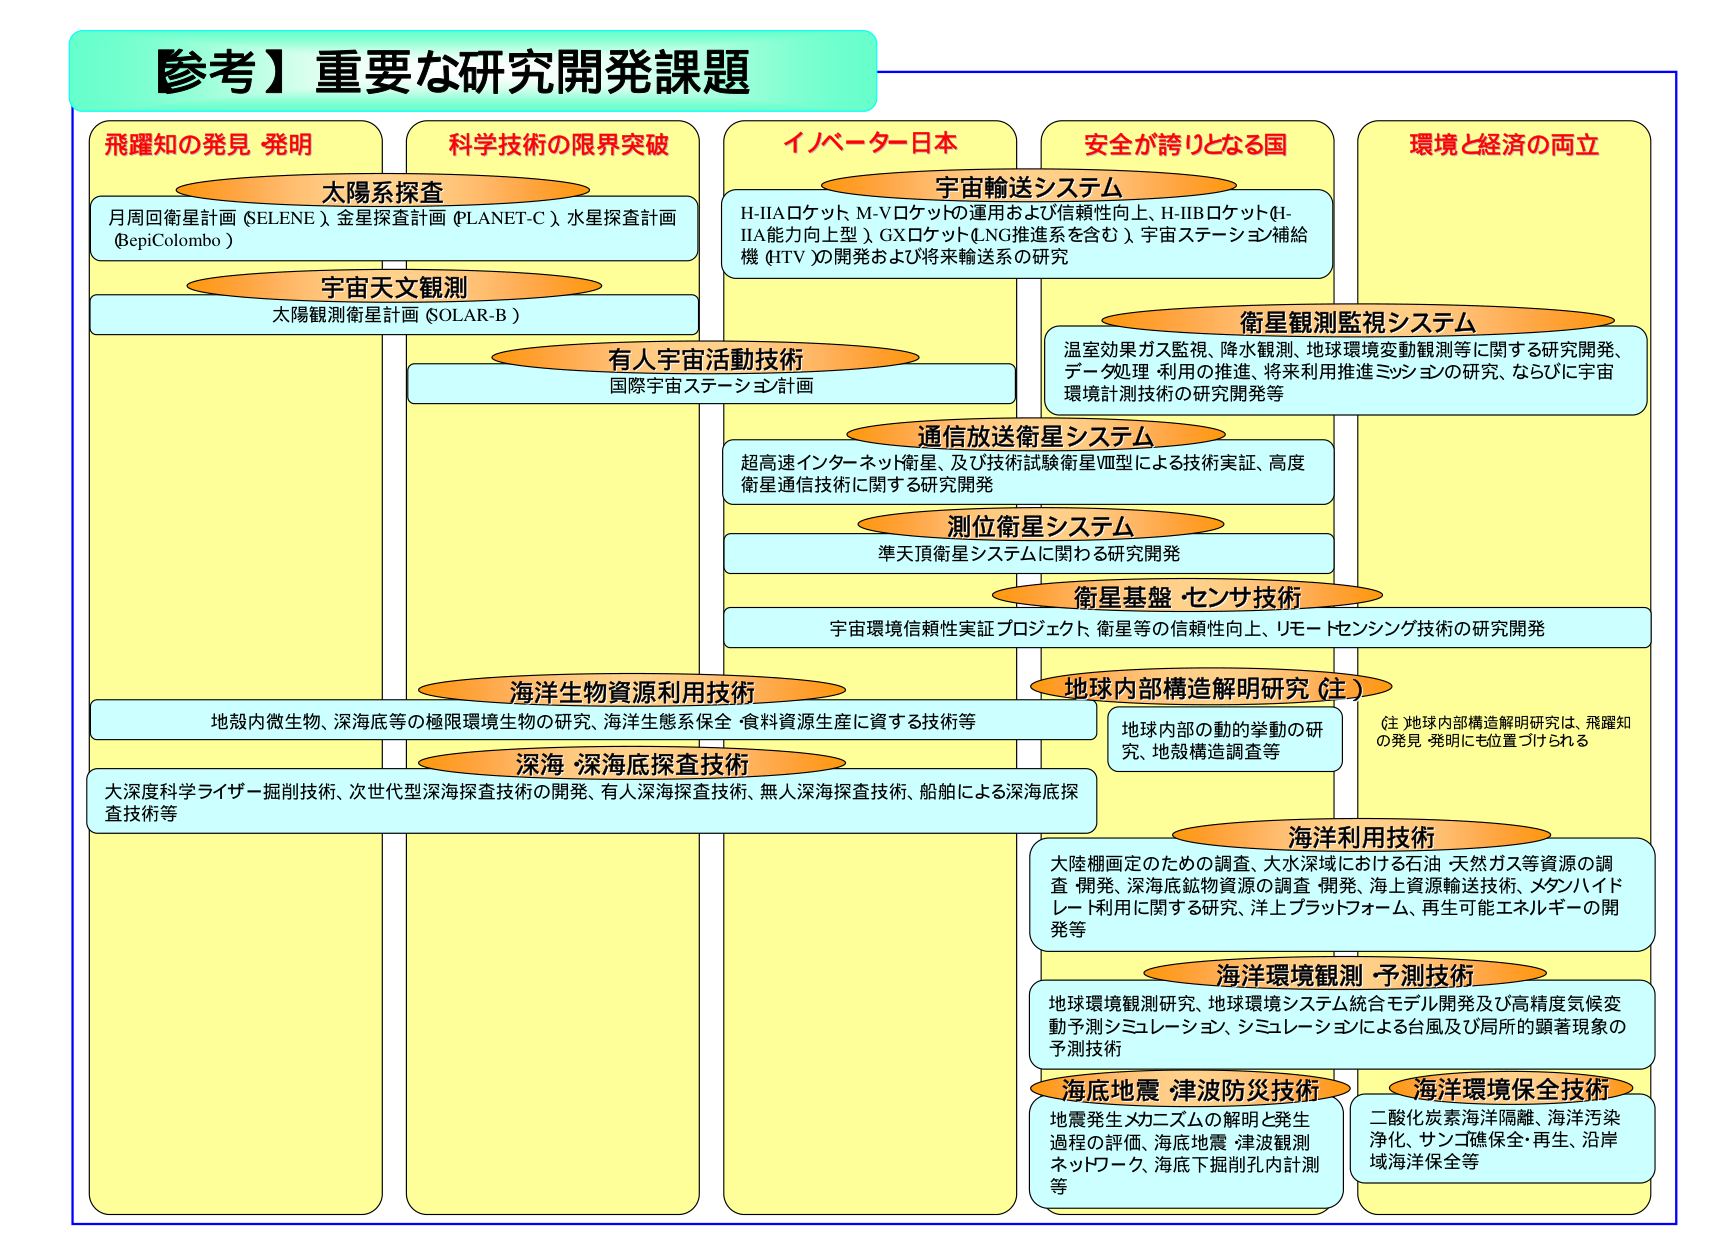
【参考】重要な研究開発課題

飛躍知の発見・発明
太陽系探査
月周回衛星計画（SELENE）、金星探査計画（PLANET-C）、水星探査計画（BepiColombo）
宇宙天文観測
太陽観測衛星計画（SOLAR-B）

科学技術の限界突破
有人宇宙活動技術
国際宇宙ステーション計画

イノベーター日本
宇宙輸送システム
H-IIAロケット、M-Vロケットの運用および信頼性向上、H-IIBロケット（H-IIA能力向上型）、GXロケット（LNG推進系を含む）、宇宙ステーション補給機（HTV）の開発および将来輸送系の研究

安全が誇りとなる国
衛星観測監視システム
温室効果ガス監視、降水観測、地球環境変動観測等に関する研究開発、データ処理・利用の推進、将来利用推進ミッションの研究、ならびに宇宙環境計測技術の研究開発等

通信放送衛星システム
超高速インターネット衛星、及び技術試験衛星VIII型による技術実証、高度衛星通信技術に関する研究開発

測位衛星システム
準天頂衛星システムに関わる研究開発

衛星基盤・センサ技術
宇宙環境信頼性実証プロジェクト、衛星等の信頼性向上、リモートセンシング技術の研究開発

環境と経済の両立
地球内部構造解明研究（注）
地球内部の動的挙動の研究、地殻構造調査等
（注）地球内部構造解明研究は、飛躍知の発見・発明にも位置づけられる

海洋生物資源利用技術
地殻内微生物、深海底等の極限環境生物の研究、海洋生態系保全・食料資源生産に資する技術等

深海・深海底探査技術
大深度科学ライザー掘削技術、次世代型深海探査技術の開発、有人深海探査技術、無人深海探査技術、船舶による深海底探査技術等

海洋利用技術
大陸棚画定のための調査、大水深域における石油・天然ガス等資源の調査・開発、深海底鉱物資源の調査・開発、海上資源輸送技術、メタンハイドレート利用に関する研究、洋上プラットフォーム、再生可能エネルギーの開発等

海洋環境観測・予測技術
地球環境観測研究、地球環境システム統合モデル開発及び高精度気候変動予測シミュレーション、シミュレーションによる台風及び局所的顕著現象の予測技術

海底地震・津波防災技術
地震発生メカニズムの解明と発生過程の評価、海底地震・津波観測ネットワーク、海底下掘削孔内計測等

海洋環境保全技術
二酸化炭素海洋隔離、海洋汚染浄化、サンゴ礁保全・再生、沿岸域海洋保全等